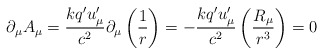
\begin{align*}\partial _\mu A_\mu =\frac{kq^{\prime }u_\mu ^{\prime }}{c^2}\partial _\mu\left( \frac 1r\right) =-\frac{kq^{\prime }u_\mu ^{\prime }}{c^2}\left( \frac{R_\mu }{r^3}\right) =0 \end{align*}